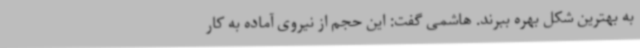
به بهترین شکل بهره ببرند. هاشمی گفت: این حجم از نیروی آماده به کار